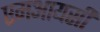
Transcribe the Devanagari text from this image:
एमआयसी